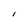
Character: l